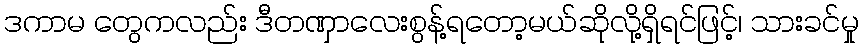
ဒကာမ တွေကလည်း ဒီတဏှာလေးစွန့်ရတော့မယ်ဆိုလို့ရှိရင်ဖြင့်၊ သားခင်မှု